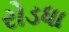
રોડધા